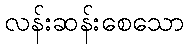
လန်းဆန်းစေသော